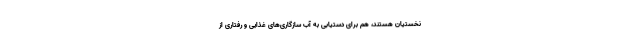
نخستیان هستند، هم برای دستیابی به آب سازگاری‌های غذایی و رفتاری از